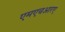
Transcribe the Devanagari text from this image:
एमएचआरए